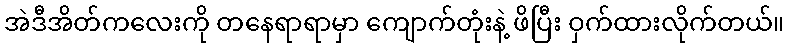
အဲဒီအိတ်ကလေးကို တနေရာရာမှာ ကျောက်တုံးနဲ့ ဖိပြီး ဝှက်ထားလိုက်တယ်။